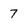
Character: 7